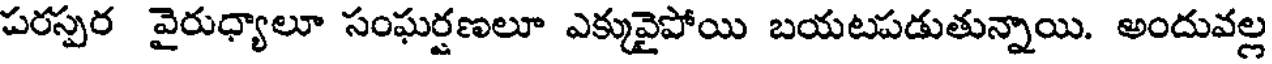
పరస్పర వైరుధ్యాలూ సంఘర్షణలూ ఎక్కువైపోయి బయటపడుతున్నాయి. అందువల్ల